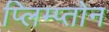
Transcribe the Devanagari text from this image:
प्लिम्प्तोन